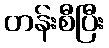
တန်းစီပြီး